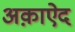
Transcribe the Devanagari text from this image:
अक़ाऐद